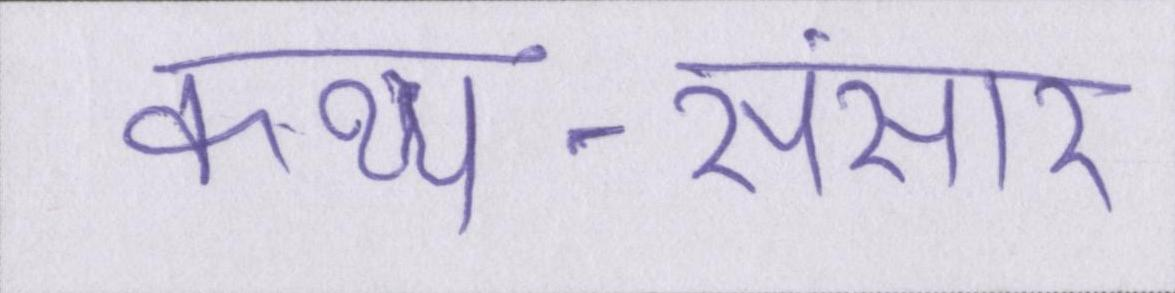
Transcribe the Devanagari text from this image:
कथ्य-संसार